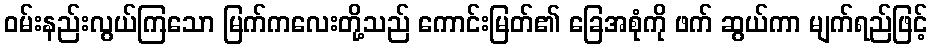
ဝမ်းနည်းလွယ်ကြသော မြက်ကလေးတို့သည် ကောင်းမြတ်၏ ခြေအစုံကို ဖက် ဆွယ်ကာ မျက်ရည်ဖြင့်